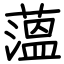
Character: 薀